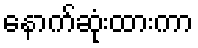
နောက်ဆုံးထားကာ